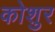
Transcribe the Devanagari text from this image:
कोशुर